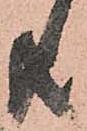
共